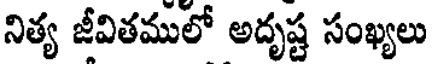
నిత్య జీవితములో అదృష్ట సంఖ్యలు